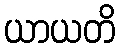
ယာယတိ